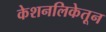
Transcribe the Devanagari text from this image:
केशनलिकेतून